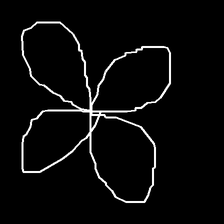
Glyph: billowing